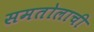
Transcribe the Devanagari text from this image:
समतोलाची